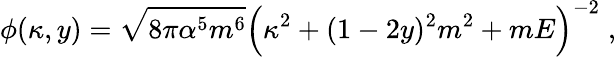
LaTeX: \phi(\kappa,y)=\sqrt{8\pi\alpha^{5}m^{6}}\Bigl(\kappa^{2}+(1-2y)^{2}m^{2}+mE\Bigr)^{-2}\; ,